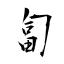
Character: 匐